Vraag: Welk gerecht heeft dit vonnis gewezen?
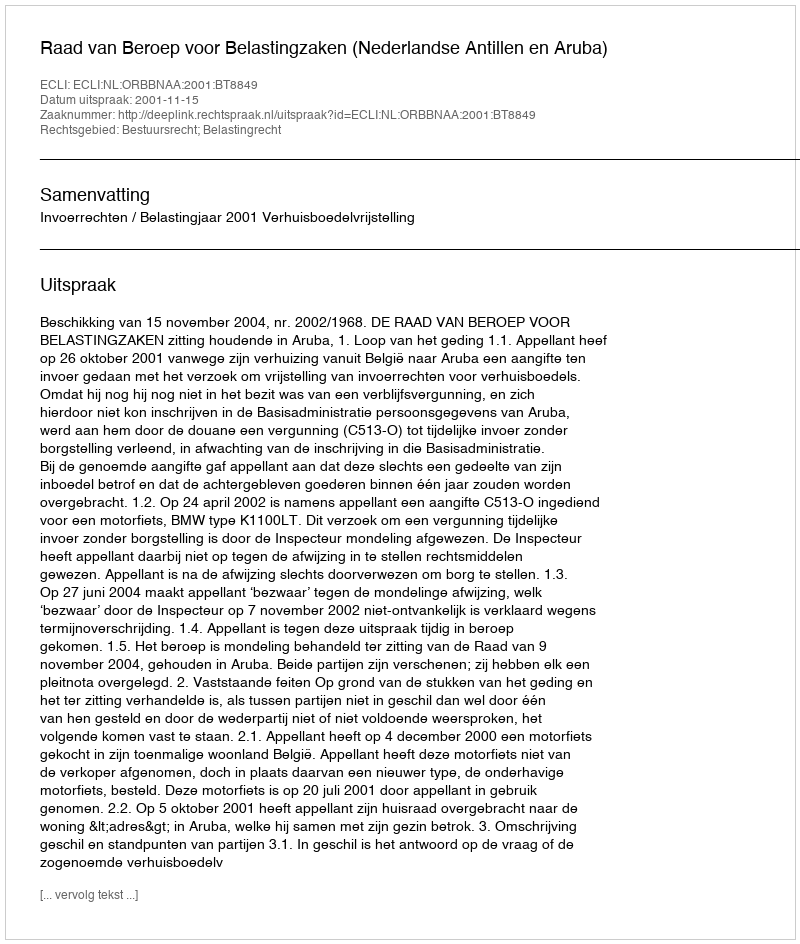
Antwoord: Raad van Beroep voor Belastingzaken (Nederlandse Antillen en Aruba)